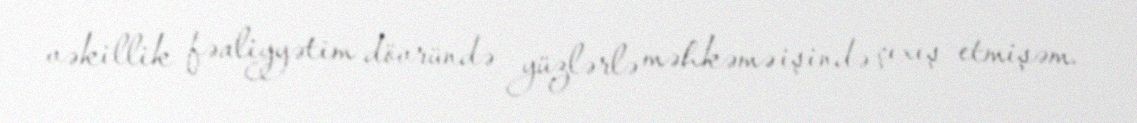
vəkillik fəaliyyətim dövründə yüzlərlə məhkəmə işində çıxış etmişəm.